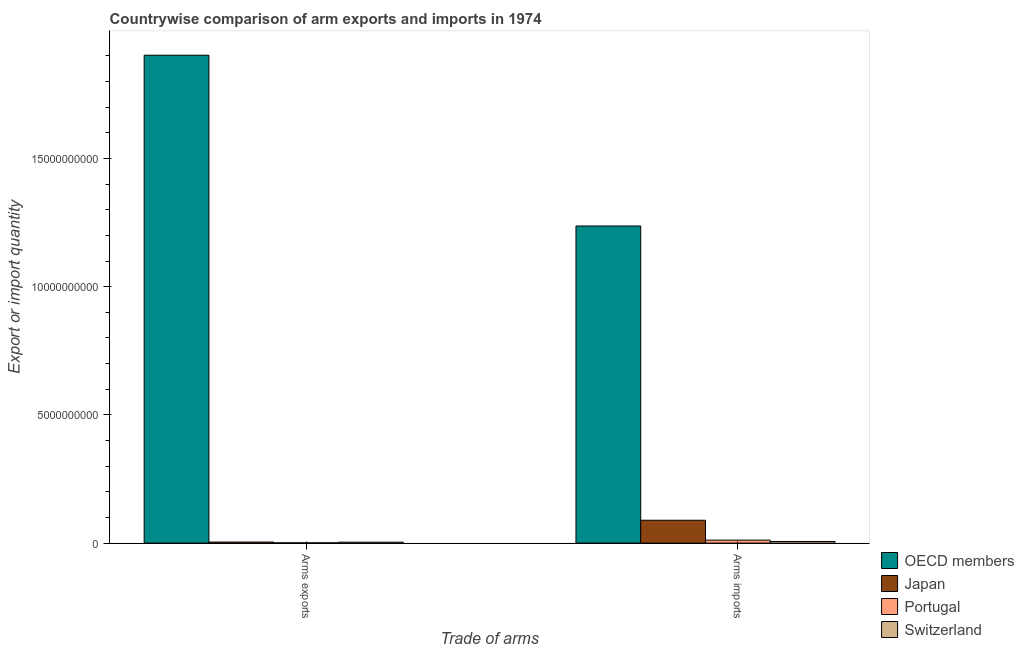
| Trade of arms | OECD members | Japan | Portugal | Switzerland |
 | --- | --- | --- | --- | --- |
 | Arms exports | 1.9e+10 | 4.1e+07 | 1.1e+07 | 3.7e+07 |
 | Arms imports | 1.24e+10 | 8.92e+08 | 1.17e+08 | 6.4e+07 |